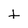
Character: f